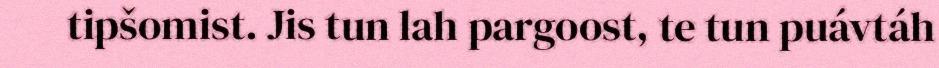
tipšomist. Jis tun lah pargoost, te tun puávtáh